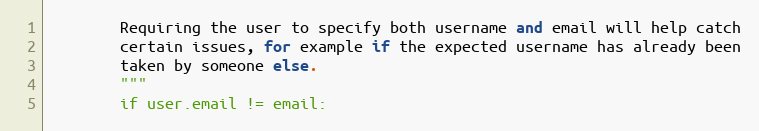
Language: Python
        Requiring the user to specify both username and email will help catch
        certain issues, for example if the expected username has already been
        taken by someone else.
        """
        if user.email != email: